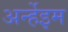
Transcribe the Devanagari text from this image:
अर्न्हेइम